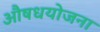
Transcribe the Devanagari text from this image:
औषधयोजना